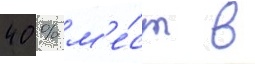
40 % м'е́ст в